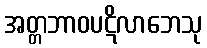
အတ္တဘာဝပဋိလာဘေသု